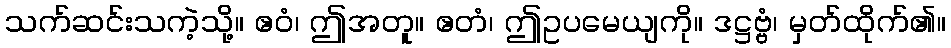
သက်ဆင်းသကဲ့သို့။ ဧဝံ၊ ဤအတူ။ ဧတံ၊ ဤဥပမေယျကို။ ဒဋ္ဌဗ္ဗံ၊ မှတ်ထိုက်၏။